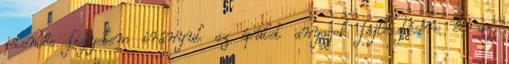
jelentős figyelem irányul az épület anyagok fejlesztésére és az